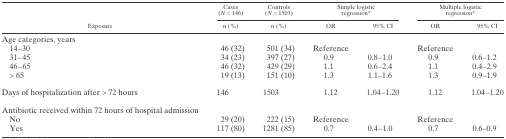
<table><thead><tr><td rowspan="2"><b>Exposure</b></td><td><b>Cases (<i>N</i> = 146)</b></td><td><b>Controls (<i>N</i> = 1503)</b></td><td colspan="2"><b>Simple logistic regression*</b></td><td colspan="2"><b>Multiple logistic regression*</b></td></tr><tr><td><b>n (%)</b></td><td><b>n (%)</b></td><td><b>OR</b></td><td><b>95% CI</b></td><td><b>OR</b></td><td><b>95% CI</b></td></tr></thead><tbody><tr><td colspan="7">Age categories, years</td></tr><tr><td> 14–30</td><td>46 (32)</td><td>501 (34)</td><td>Reference</td><td></td><td>Reference</td><td></td></tr><tr><td> 31–45</td><td>34 (23)</td><td>397 (27)</td><td>0.9</td><td>0.8–1.0</td><td>0.9</td><td>0.6–1.2</td></tr><tr><td> 46–65</td><td>46 (32)</td><td>429 (29)</td><td>1.1</td><td>0.6–2.4</td><td>1.1</td><td>0.4–2.9</td></tr><tr><td> &gt; 65</td><td>19 (13)</td><td>151 (10)</td><td>1.3</td><td>1.1–1.6</td><td>1.3</td><td>0.9–1.9</td></tr><tr><td>Days of hospitalization after &gt; 72 hours</td><td>146</td><td>1503</td><td>1.12</td><td>1.04–1.20</td><td>1.12</td><td>1.04–1.20</td></tr><tr><td>Antibiotic received within 72 hours of hospital admission</td><td colspan="6"></td></tr><tr><td> No</td><td>29 (20)</td><td>222 (15)</td><td>Reference</td><td></td><td>Reference</td><td></td></tr><tr><td> Yes</td><td>117 (80)</td><td>1281 (85)</td><td>0.7</td><td>0.4–1.0</td><td>0.7</td><td>0.6–0.9</td></tr></tbody></table>